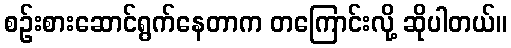
စဉ်းစားဆောင်ရွက်နေတာက တကြောင်းလို့ ဆိုပါတယ်။